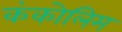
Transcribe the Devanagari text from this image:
कंकोलिम